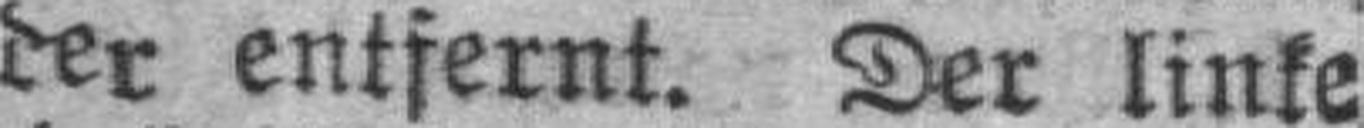
der entfernt. Der linke